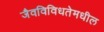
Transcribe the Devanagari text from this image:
जैवविविधतेमधील